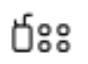
రఃః